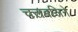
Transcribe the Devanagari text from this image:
चलवलिने